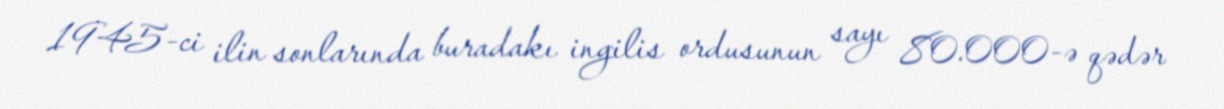
1945-ci ilin sonlarında buradakı ingilis ordusunun sayı 80.000-ə qədər